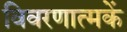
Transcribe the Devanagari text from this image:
विवरणात्मकें